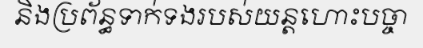
និងប្រព័ន្ធទាក់ទងរបស់យន្តហោះបច្ចា